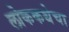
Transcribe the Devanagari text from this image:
लोककथेचा